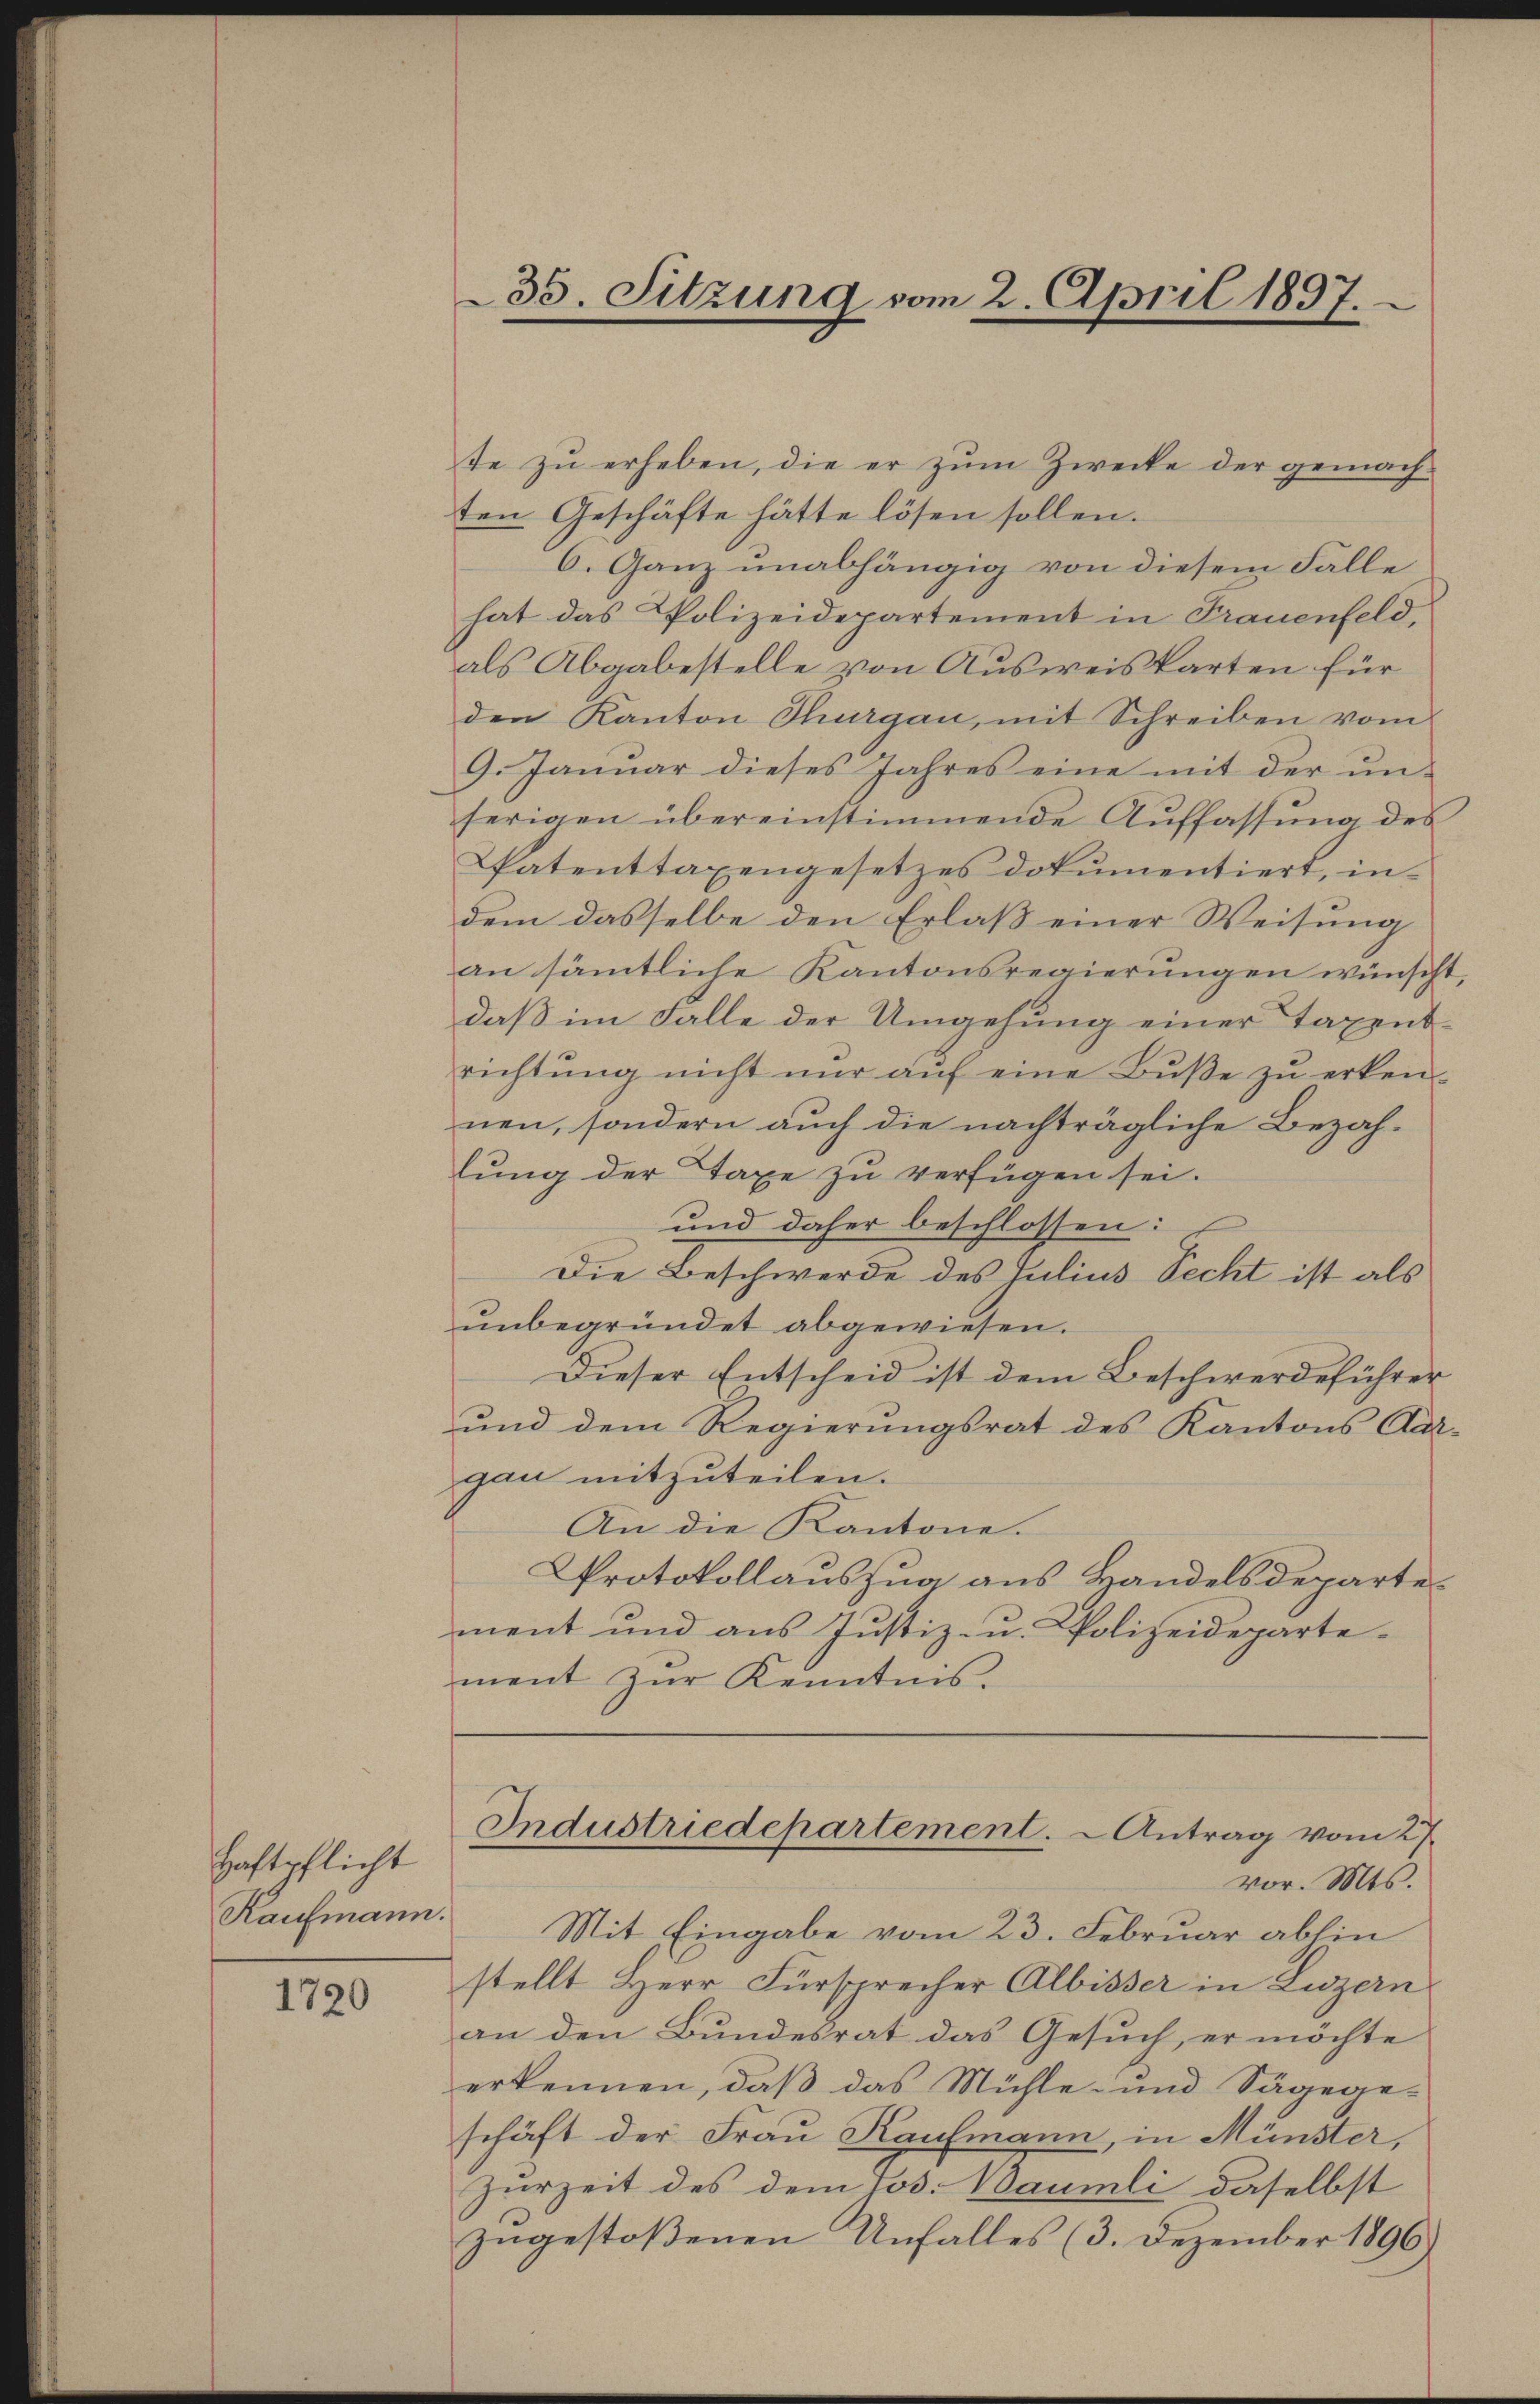
Haftpflicht
Kaufmann.

1720

35. Sitzung vom 2. April 1837.

te zŭ erheben, die er zŭm Zwecke der gemach-
ten Geschäfte hätte lösen sollen.
6. Ganz unabhängig von diesem Falle
hat das Polizeidepartement in Trauenfeld,
als Abgabestelle von Ausweiskarten für
den Kanton Thurgau, mit Schreiben vom
9. Januar dieses Jahres eine mit der ŭn-
herigen übereinstimmende Auffassŭng des
Datenttaxengesetzes dokumentiert, in
dem dasselbe den Erlaß einer Weisung
an sämtliche Kantonsregierŭngen wünscht,
daβ im Falle der Umgehŭng einer Taxens-
richtŭng nicht nŭr aŭf eine Bŭβe zŭ erken-
nen, sondern auch die nachträgliche Bezahlung der Taxe zu verfügen sei.
und daher beschlossen:
Die Beschwerde des Julius Recht ist als
unbegründet abgewiesen.
Dieser Entscheid ist dem Beschwerdeführer
und dem Regierungsrat des Kantons Aar-
gau mitzuteilen.
An die Kantone.
Protokollauszug aus Handelsdepartement und aus Justiz- u. Polizeidepartement zŭr Kenntnis.

Mit Eingabe vom 23. Februar abhin
stellt Herr Fürsprecher Albisser in Luzern
an den Bundesrat das Gesuch, er möchte
erkennen, daß das Mühle- und Sägege-
schäft der Frau Kaufmann, in Münster,
Zurzeit des dem Jos. Baumli daselbst
zugestoßenen Unfalles (3. Dezember 1896)

Industriedepartement. Antrag vom 27.
vor. Mts.